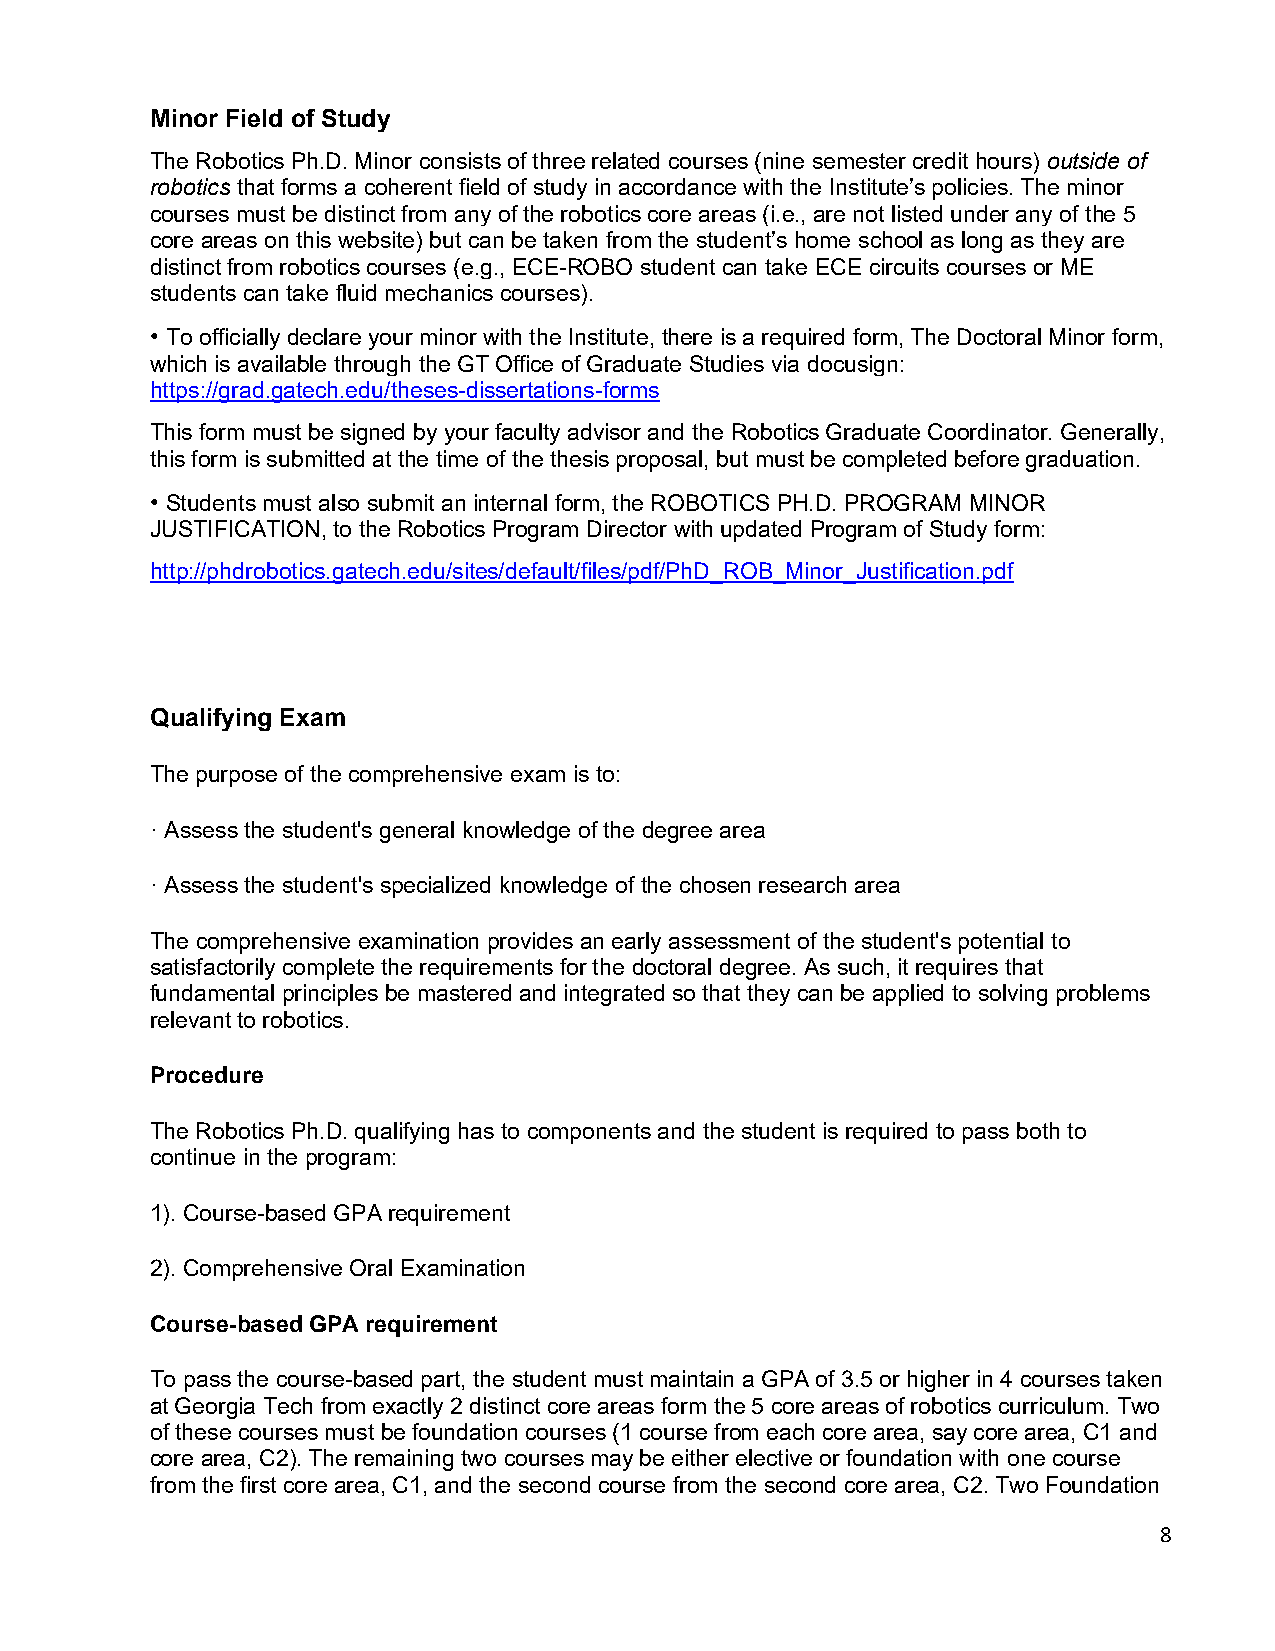
Minor Field of Study
 The Robotics Ph.D. Minor consists of three related courses (nine semester credit hours) outside of
 robotics that forms a coherent field of study in accordance with the Institute’s policies. The minor
 courses must be distinct from any of the robotics core areas (i.e., are not listed under any of the 5
 core areas on this website) but can be taken from the student’s home school as long as they are
 distinct from robotics courses (e.g., ECE-ROBO student can take ECE circuits courses or ME
 students can take fluid mechanics courses).
 • To officially declare your minor with the Institute, there is a required form, The Doctoral Minor form,
 which is available through the GT Office of Graduate Studies via docusign:
 https://grad.gatech.edu/theses-dissertations-forms
 This form must be signed by your faculty advisor and the Robotics Graduate Coordinator. Generally,
 this form is submitted at the time of the thesis proposal, but must be completed before graduation.
 • Students must also submit an internal form, the ROBOTICS PH.D. PROGRAM MINOR
 JUSTIFICATION, to the Robotics Program Director with updated Program of Study form:
 http://phdrobotics.gatech.edu/sites/default/files/pdf/PhD_ROB_Minor_Justification.pdf
 Qualifying Exam
 The purpose of the comprehensive exam is to:
 · Assess the student's general knowledge of the degree area
 · Assess the student's specialized knowledge of the chosen research area
 The comprehensive examination provides an early assessment of the student's potential to
 satisfactorily complete the requirements for the doctoral degree. As such, it requires that
 fundamental principles be mastered and integrated so that they can be applied to solving problems
 relevant to robotics.
 Procedure
 The Robotics Ph.D. qualifying has to components and the student is required to pass both to
 continue in the program:
 1). Course-based GPA requirement
 2). Comprehensive Oral Examination
 Course-based GPA requirement
 To pass the course-based part, the student must maintain a GPA of 3.5 or higher in 4 courses taken
 at Georgia Tech from exactly 2 distinct core areas form the 5 core areas of robotics curriculum. Two
 of these courses must be foundation courses (1 course from each core area, say core area, C1 and
 core area, C2). The remaining two courses may be either elective or foundation with one course
 from the first core area, C1, and the second course from the second core area, C2. Two Foundation
 8